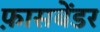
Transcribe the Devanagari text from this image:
फ़ासबेंडर